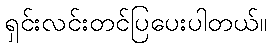
ရှင်းလင်းတင်ပြပေးပါတယ်။